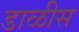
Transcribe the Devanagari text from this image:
डाळीस